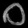
Digit: ၀